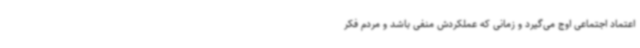
اعتماد اجتماعی اوج می‌گیرد و زمانی که عملکردش منفی باشد و مردم فکر